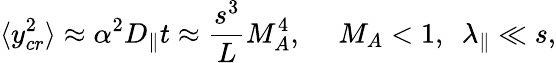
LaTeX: \langle y_{cr}^{2}\rangle\approx\alpha^{2}D_{\| }t\approx\frac{s^{3}}{L}M_{A}^{4},~~~~~M_{A}<1,~~\lambda_{\| }\ll s,